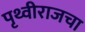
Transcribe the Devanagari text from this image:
पृथ्वीराजचा